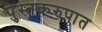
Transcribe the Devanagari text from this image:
पुस्तकरुपात